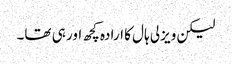
لیکن ویزلی ہال کا ارادہ کچھ اور ہی تھا۔